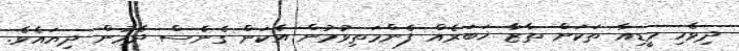
ދިވެހި މީޑިއާ ތަކަށް ތާޒާ ޚަބަރެއް ފެންމަތިވުމުން އެކަން ގެނެސް ދެމުން ދިޔައެވެ.